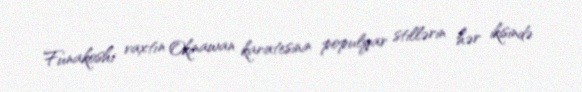
Funakoshi vaxtın Okinawan karatesinin populyar stillərin hər ikisində